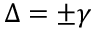
\Delta = \pm \gamma